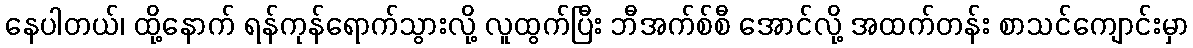
နေပါတယ်၊ ထို့နောက် ရန်ကုန်ရောက်သွားလို့ လူထွက်ပြီး ဘီအက်စ်စီ အောင်လို့ အထက်တန်း စာသင်ကျောင်းမှာ